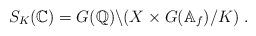
LaTeX: \begin{align*}S_K(\mathbb C) = G(\mathbb Q)\backslash (X\times G(\mathbb A_f)/K)\ .\end{align*}